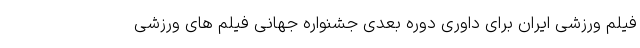
فیلم ورزشی ایران برای داوری دوره بعدی جشنواره جهانی فیلم های ورزشی